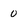
Character: 0